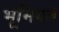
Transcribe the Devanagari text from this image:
भूमिगत